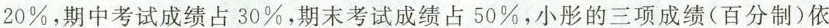
20\%，期中考试成绩占30\%，期末考试成绩占50\%，小彤的三项成绩(百分制)依